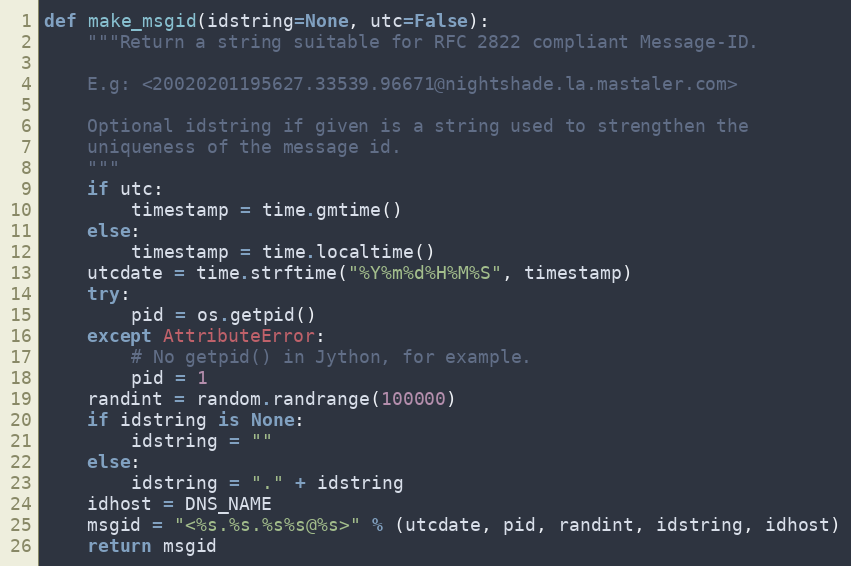
Language: Python
def make_msgid(idstring=None, utc=False):
    """Return a string suitable for RFC 2822 compliant Message-ID.

    E.g: <20020201195627.33539.96671@nightshade.la.mastaler.com>

    Optional idstring if given is a string used to strengthen the
    uniqueness of the message id.
    """
    if utc:
        timestamp = time.gmtime()
    else:
        timestamp = time.localtime()
    utcdate = time.strftime("%Y%m%d%H%M%S", timestamp)
    try:
        pid = os.getpid()
    except AttributeError:
        # No getpid() in Jython, for example.
        pid = 1
    randint = random.randrange(100000)
    if idstring is None:
        idstring = ""
    else:
        idstring = "." + idstring
    idhost = DNS_NAME
    msgid = "<%s.%s.%s%s@%s>" % (utcdate, pid, randint, idstring, idhost)
    return msgid